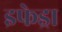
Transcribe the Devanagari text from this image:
इफेड्रा